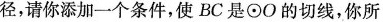
径，请你添加一个条件，使BC是\odot O的切线，你所